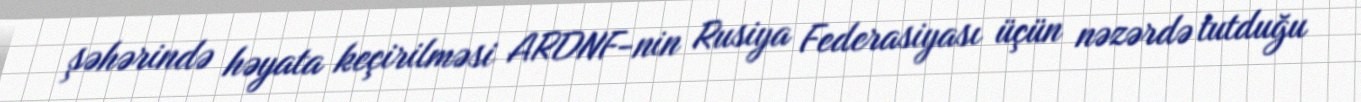
şəhərində həyata keçirilməsi ARDNF-nin Rusiya Federasiyası üçün nəzərdə tutduğu